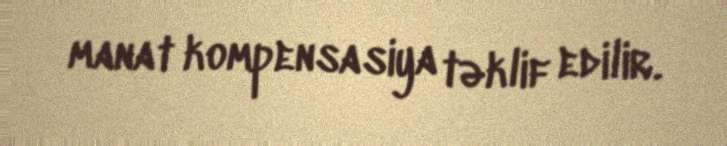
manat kompensasiya təklif edilir.